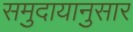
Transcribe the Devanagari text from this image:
समुदायानुसार